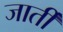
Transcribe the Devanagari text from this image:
जार्ती